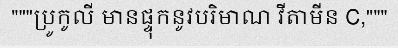
"""ប្រូកូលី មានផ្ទុកនូវបរិមាណ វីតាមីន C,"""